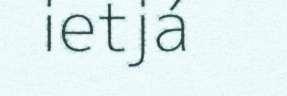
ietjá